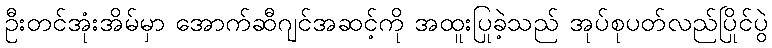
ဦးတင်အုံးအိမ်မှာ အောက်ဆီဂျင်အဆင့်ကို အထူးပြုခဲ့သည် အုပ်စုပတ်လည်ပြိုင်ပွဲ